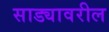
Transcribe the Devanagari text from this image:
साड्यावरील